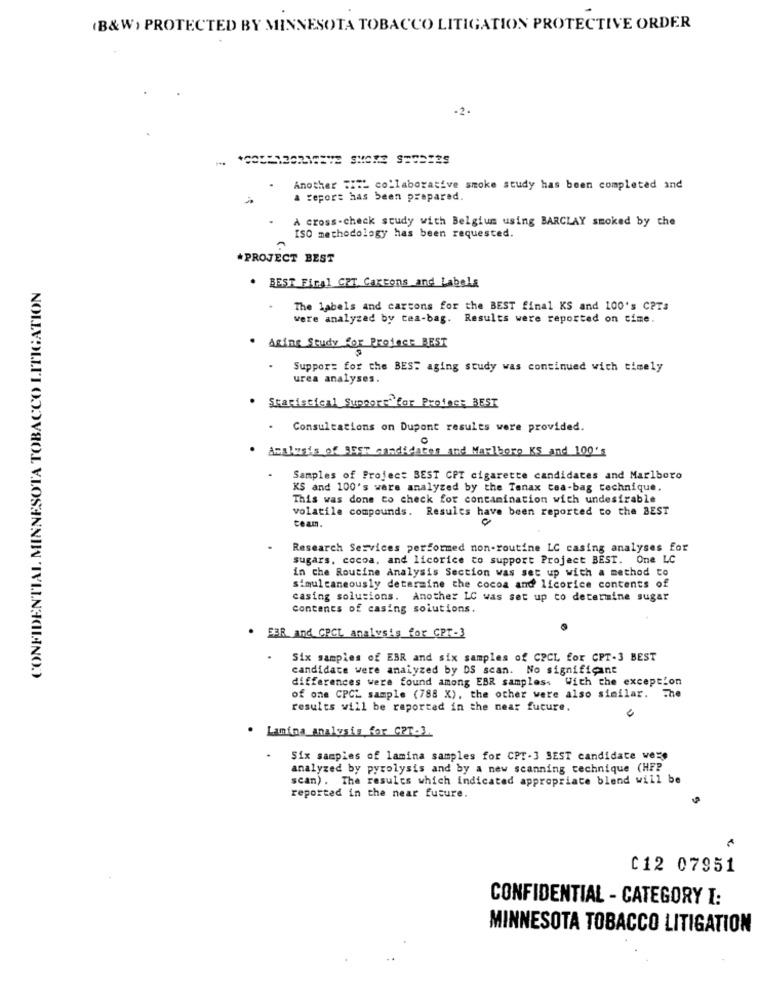
(B&W) PROTECTED BY MINNESOTA TOBACCO LITIGATION PROTECTIVE ORDER
-2 .
Another == " collaborative smoke study has been completed and
a report has been prepared.
À cross-check study with Belgium using BARCLAY smoked by the
ISO methodology has been requested.
*PROJECT BEST
CONFIDENTIAL MINNESOTA TOBACCO LITIGATION
. BEST Fical CET Cartons and Labels
The labels and cartons for the BEST final KS and 100's CPTS
were analyzed by tea-bag. Results were reported on time.
. Aring Study for Project BEST
Suppor= for the BEST aging study was continued wich timely
urea analyses.
. Statistical Support"for Proface BEST
Consultations on Dupont results were provided.
Analysts of BEST candidates and Marlboro KS and 100's
Samples of Project BEST CPT cigarette candidates and Marlboro
KS and 100's were analyzed by the Tenax caa-bag technique.
This was done to check for contamination with undesirable
volatile compounds. Results have been reported to the BEST
ceam.
Research Services performed non-routine LC casing analyses for
sugars, cocoa, and licorice to support Project BEST. One LC
in che Routine Analysis Section was set up with a method to
simultaneously determine the cocoa and licorice contents of
casing solutions. Another LC was set up to determine sugar
Contents of casing solutions.
FER and CPCL analysis for CPT-3
Six samples of EBR and six samples of CPCL for CPT-3 BEST
candidate were analyzed by DS scan. No significant
differences were found among EBR samples: With the exception
of one CPCL sample (788 X), the other were also similar. The
results will be reported in the near future.
. Lamina analysis for CPT.3.
Six samples of lamina samples for CPT-3 BEST candidate were
analyzed by pyrolysis and by a new scanning technique (HFP
scan) . The results which indicated appropriate blend will be
reported in the near future.
C12 07951
CONFIDENTIAL - CATEGORY I:
MINNESOTA TOBACCO LITIGATION